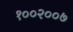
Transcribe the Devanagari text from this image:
१००२००७